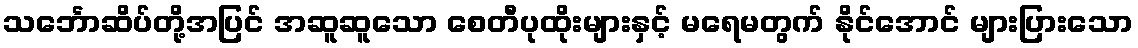
သင်္ဘောဆိပ်တို့အပြင် အဆူဆူသော စေတီပုထိုးများနှင့် မရေမတွက် နိုင်အောင် များပြားသော